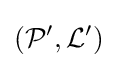
({{\mathcal {P}}'},{{\mathcal {L}}'})